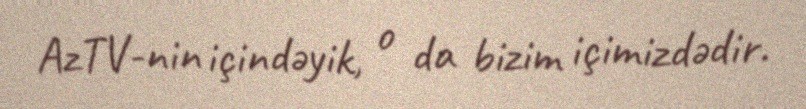
AzTV-nin içindəyik, o da bizim içimizdədir.